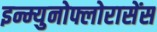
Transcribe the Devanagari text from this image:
इन्म्युनोफ्लोरासेंस